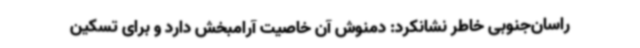
راسان‌جنوبی خاطر نشانکرد: دمنوش آن خاصیت آرامبخش دارد و برای تسکین